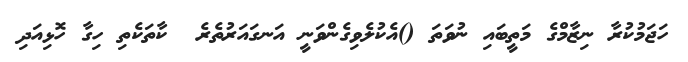
ހަޖަމުކުރާ ނިޒާމްގެ މަތީބައި ނުވަތަ ()އެކުލެވިގެންވަނީ އަނގައަރުތެރެ  ކާތަކެތި ހިގާ ހޮޅިއަދި